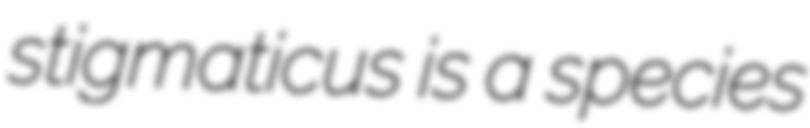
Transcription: stigmaticus is a species